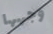
وجهها